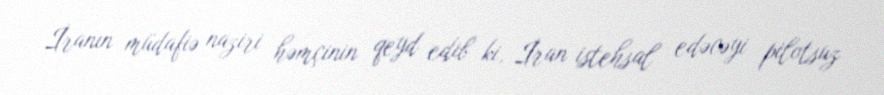
İranın müdafiə naziri həmçinin qeyd edib ki, İran istehsal edəcəyi pilotsuz